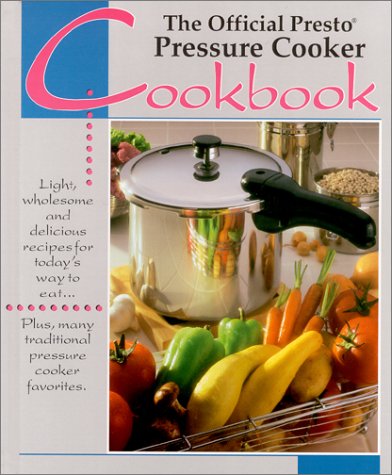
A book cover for The Official Presto Pressure Cooker Cookbook; National Presto Industries Staff; Cookbooks, Food & Wine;